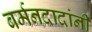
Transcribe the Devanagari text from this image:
बर्मनदादांनी